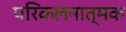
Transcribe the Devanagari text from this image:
परिकलनात्मक